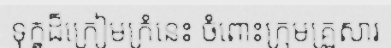
ទុក្ខដ៏ក្រៀមក្រំនេះ ចំពោះក្រុមគ្រួសារ